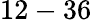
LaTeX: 12-36